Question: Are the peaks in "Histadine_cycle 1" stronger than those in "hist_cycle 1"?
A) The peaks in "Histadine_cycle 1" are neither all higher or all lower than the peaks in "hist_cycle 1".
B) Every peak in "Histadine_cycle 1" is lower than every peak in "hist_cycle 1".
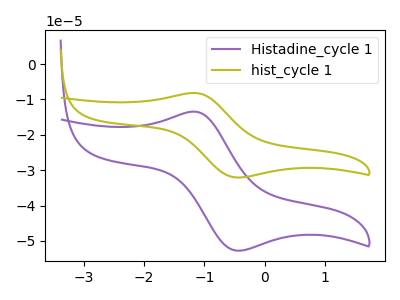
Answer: <think>The purple curve "Histadine_cycle 1" has an anodic peak at (-1.15V, -13.45uA) and a cathodic peak at (-0.45V, -52.75uA). The olive curve "hist_cycle 1" has an anodic peak at (-1.15V, -8.20uA) and a cathodic peak at (-0.45V, -32.05uA).</think>
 <answer>A) The peaks in "Histadine_cycle 1" are neither all higher or all lower than the peaks in "hist_cycle 1".</answer>
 <eval>A</eval>